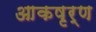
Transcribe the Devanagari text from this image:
आकषृर्ण